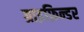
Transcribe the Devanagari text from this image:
ग्राइफ़िन्डर